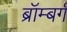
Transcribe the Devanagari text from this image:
ब्रॉम्बर्ग